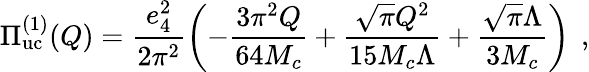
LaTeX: \Pi_{\mathrm{uc}}^{(1)}(Q)=\frac{e_{4}^{2}}{2\pi^{2}}\left(-\frac{3\pi^{2}Q}{64M_{c}}+\frac{\sqrt{\pi}Q^{2}}{15M_{c}\Lambda}+\frac{\sqrt{\pi}\Lambda}{3M_{c}}\right)\, ~,